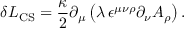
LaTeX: \delta { \cal L } _ { \mathrm { C S } } = \frac { \kappa } { 2 } \partial _ { \mu } \left( \lambda \, \epsilon ^ { \mu \nu \rho } \partial _ { \nu } A _ { \rho } \right) .